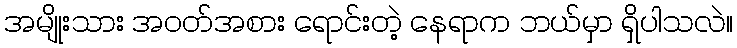
အမျိုးသား အဝတ်အစား ရောင်းတဲ့ နေရာက ဘယ်မှာ ရှိပါသလဲ။